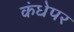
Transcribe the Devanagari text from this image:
कंधेपर